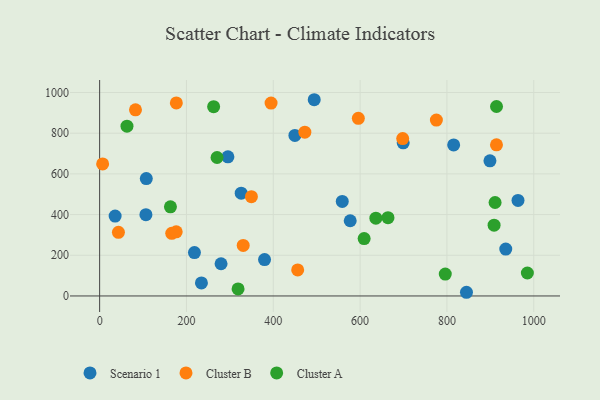
{"axis": {"x": "Investment", "y": "Exam Score"}, "legend": ["Cluster A", "Cluster B", "Scenario 1"], "data": [{"x": "326.1", "y": 505.2, "type": "Scenario 1"}, {"x": "845.0", "y": 18.1, "type": "Scenario 1"}, {"x": "558.9", "y": 464.5, "type": "Scenario 1"}, {"x": "218.4", "y": 213.4, "type": "Scenario 1"}, {"x": "379.9", "y": 178.6, "type": "Scenario 1"}, {"x": "577.2", "y": 369.7, "type": "Scenario 1"}, {"x": "899.1", "y": 664.3, "type": "Scenario 1"}, {"x": "234.5", "y": 63.9, "type": "Scenario 1"}, {"x": "935.5", "y": 230.6, "type": "Scenario 1"}, {"x": "106.6", "y": 399.7, "type": "Scenario 1"}, {"x": "35.7", "y": 392.9, "type": "Scenario 1"}, {"x": "279.7", "y": 158.2, "type": "Scenario 1"}, {"x": "699.3", "y": 752.7, "type": "Scenario 1"}, {"x": "963.7", "y": 469.6, "type": "Scenario 1"}, {"x": "815.5", "y": 742.2, "type": "Scenario 1"}, {"x": "449.8", "y": 789.3, "type": "Scenario 1"}, {"x": "494.3", "y": 964.6, "type": "Scenario 1"}, {"x": "295.5", "y": 684.1, "type": "Scenario 1"}, {"x": "107.5", "y": 577.1, "type": "Scenario 1"}, {"x": "472.7", "y": 805.1, "type": "Cluster B"}, {"x": "176.7", "y": 949.0, "type": "Cluster B"}, {"x": "330.7", "y": 248.6, "type": "Cluster B"}, {"x": "914.1", "y": 743.0, "type": "Cluster B"}, {"x": "456.2", "y": 127.9, "type": "Cluster B"}, {"x": "166.1", "y": 307.8, "type": "Cluster B"}, {"x": "698.1", "y": 773.5, "type": "Cluster B"}, {"x": "6.9", "y": 648.9, "type": "Cluster B"}, {"x": "394.9", "y": 948.3, "type": "Cluster B"}, {"x": "595.9", "y": 873.1, "type": "Cluster B"}, {"x": "43.3", "y": 312.8, "type": "Cluster B"}, {"x": "349.6", "y": 488.0, "type": "Cluster B"}, {"x": "775.7", "y": 864.8, "type": "Cluster B"}, {"x": "176.4", "y": 315.1, "type": "Cluster B"}, {"x": "82.6", "y": 914.9, "type": "Cluster B"}, {"x": "318.9", "y": 34.8, "type": "Cluster A"}, {"x": "985.3", "y": 112.8, "type": "Cluster A"}, {"x": "63.0", "y": 834.4, "type": "Cluster A"}, {"x": "796.2", "y": 107.5, "type": "Cluster A"}, {"x": "270.5", "y": 680.6, "type": "Cluster A"}, {"x": "636.3", "y": 382.5, "type": "Cluster A"}, {"x": "664.2", "y": 384.7, "type": "Cluster A"}, {"x": "163.1", "y": 438.3, "type": "Cluster A"}, {"x": "609.3", "y": 282.2, "type": "Cluster A"}, {"x": "910.9", "y": 459.3, "type": "Cluster A"}, {"x": "262.6", "y": 930.2, "type": "Cluster A"}, {"x": "908.6", "y": 347.7, "type": "Cluster A"}, {"x": "914.2", "y": 931.2, "type": "Cluster A"}]}